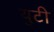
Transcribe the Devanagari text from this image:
युटी